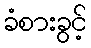
ခံစားခွင့်